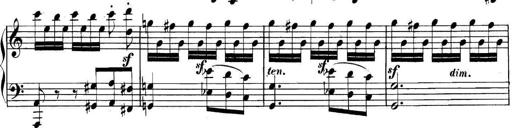
Title: Collected Piano Sonatas
Composer: Muzio Clementi